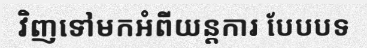
វិញទៅមកអំពីយន្តការ បែបបទ